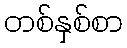
တစ်နှစ်စာ